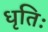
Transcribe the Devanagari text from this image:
धृतिः